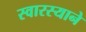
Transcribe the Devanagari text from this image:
स्वारस्याने